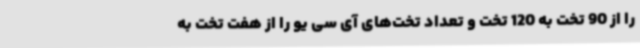
را از 90 تخت به 120 تخت و تعداد تخت‌های آی سی یو را از هفت تخت به